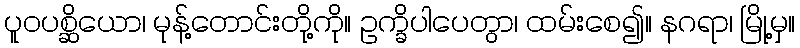
ပူဝပစ္ဆိယော၊ မုန့်တောင်းတို့ကို။ ဥက္ခိပါပေတွာ၊ ထမ်းစေ၍။ နဂရာ၊ မြို့မှ။